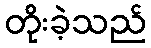
တိုးခဲ့သည်